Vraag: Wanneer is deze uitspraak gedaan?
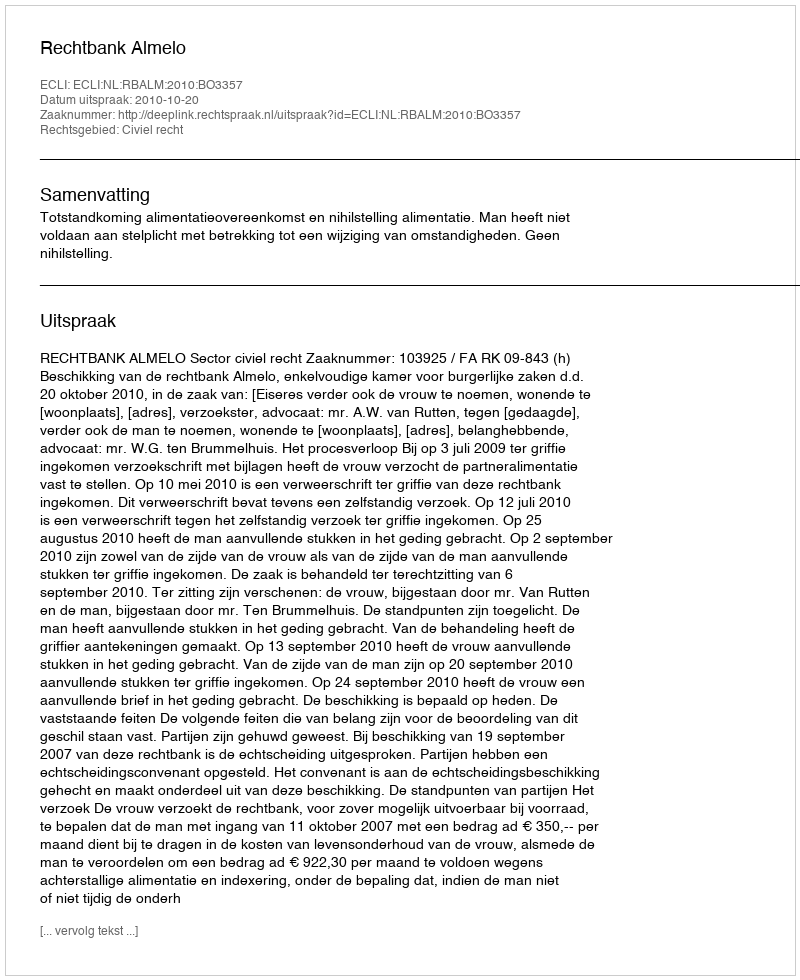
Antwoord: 2010-10-20